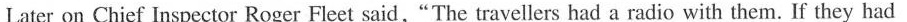
Later on Chief Inspector Roger Fleet said,“The travellers had a radio with them. If they had